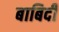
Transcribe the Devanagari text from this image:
बाबिदी